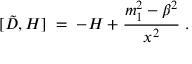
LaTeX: [ \tilde { D } , { \cal H } ] \; = \; - { \cal H } + \frac { m _ { 1 } ^ { 2 } - \beta ^ { 2 } } { x ^ { 2 } } \; .